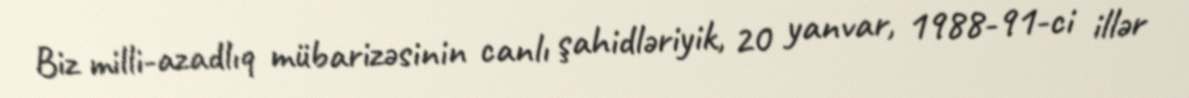
Biz milli-azadlıq mübarizəsinin canlı şahidləriyik, 20 yanvar, 1988-91-ci illər